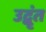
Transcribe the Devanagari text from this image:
उद्वृंत